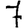
Digit: 7